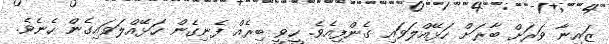
ޒައިނާ ވަރަށް ބާރަށް ހަޅޭއްލަވައި ގެންފިއެވެ. ހީވީ ބިރެއް ފެނިގެން ހަޅޭއްލަވައިގެން ހެނެވެ.